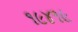
૧૯૪૧૯